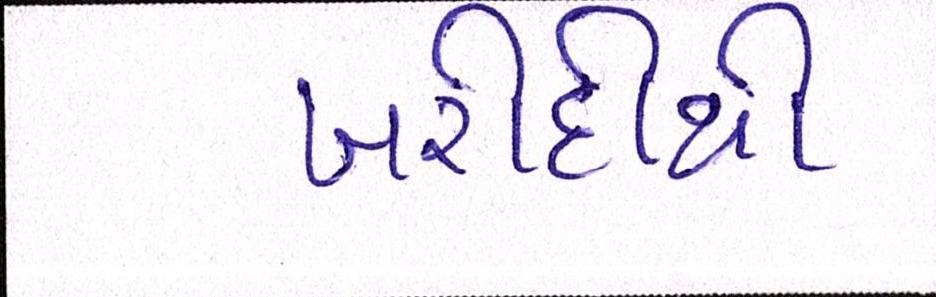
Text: ખરીદીથી